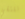
نلتقي